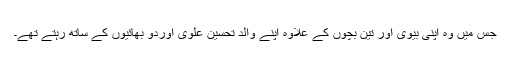
جس میں وہ اپنی بیوی اور تین بچوں کے علاوہ اپنے والد تحسین علوی اوردو بھائیوں کے ساتھ رہتے تھے۔